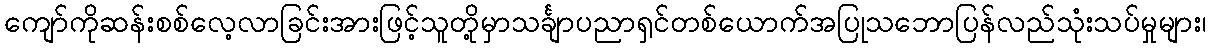
ကျော်ကိုဆန်းစစ်လေ့လာခြင်းအားဖြင့်သူတို့မှာသင်္ချာပညာရှင်တစ်ယောက်အပြုသဘောပြန်လည်သုံးသပ်မှုများ၊